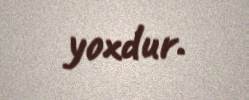
yoxdur.